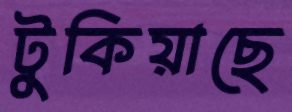
টুকিয়াছে